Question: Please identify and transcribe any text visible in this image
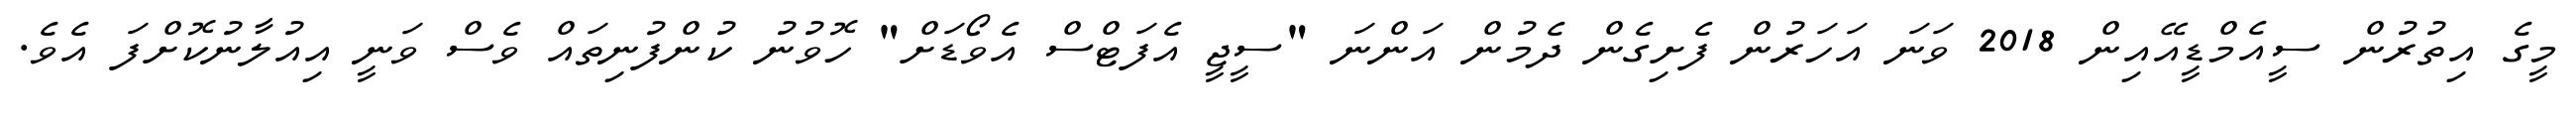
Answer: މީގެ އިތުރުން ސީއެމްޑީއޭއިން 2018 ވަނަ އަހަރުން ފެށިގެން ދެމުން އަންނަ "ސީޖީ އެފަޓްސް އެވޯޑަށް" ހޮވުނު ކުންފުނިތައް ވެސް ވަނީ އިއުލާނުކޮށްފަ އެވެ.